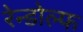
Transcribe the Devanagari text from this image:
रेन्डोल्फ